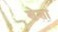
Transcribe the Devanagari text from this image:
शेशा